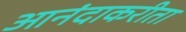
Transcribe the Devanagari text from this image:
आनंदाकरीता